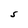
Character: S